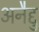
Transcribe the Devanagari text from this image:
अनैद्दु